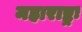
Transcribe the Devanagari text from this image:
महाराष्ट्रः